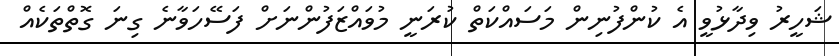
ޝަހީރު ވިދާޅުވީ އެ ކުންފުނިން މަސައްކަތް ކުރަނީ މުވައްޒަފުންނަށް ފަސޭހަވާނެ ގިނަ ގޮތްތަކެއް